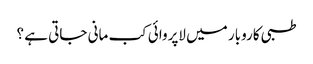
طبی کاروبار میں لاپروائی کب مانی جاتی ہے ؟